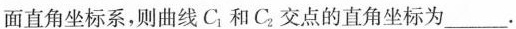
面直角坐标系，则曲线C_{1}和C_{2}交点的直角坐标为______。